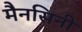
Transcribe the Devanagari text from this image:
मैनसिनी